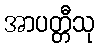
အာပတ္တီသု